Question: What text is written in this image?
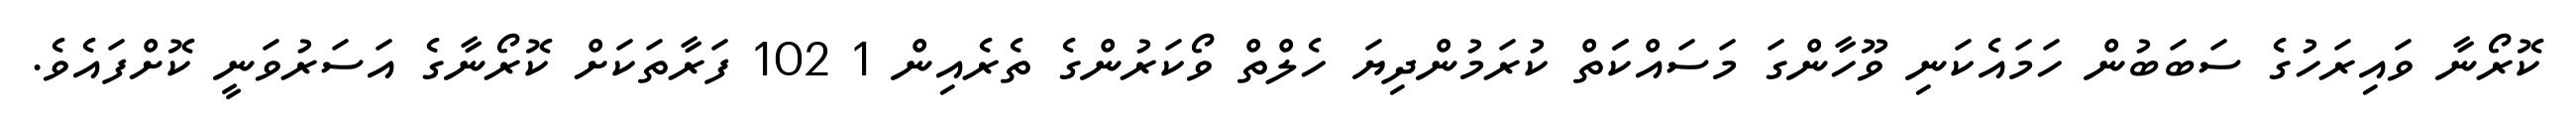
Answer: ކޮރޯނާ ވައިރަހުގެ ސަބަބުން ހަމައެކަނި ވޫހާންގަ މަސައްކަަތް ކުރަމުންދިޔަ ހެލްތް ވޯކަރުންގެ ތެރެއިން 1 102 ފަރާތަކަށް ކޮރޯނާގެ އަސަރުވަނީ ކޮށްފައެވެ.